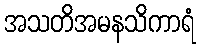
အသတိအမနသိကာရံ